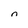
Character: n